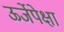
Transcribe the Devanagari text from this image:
ऊर्जेपेक्षा